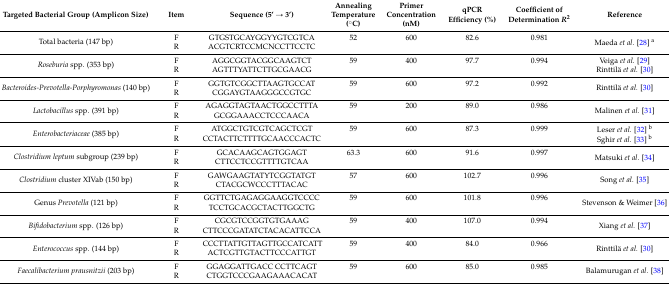
<table><thead><tr><td><b>Targeted Bacterial Group (Amplicon Size)</b></td><td><b>Item</b></td><td><b>Sequence (5′ → 3′)</b></td><td><b>Annealing Temperature (°C)</b></td><td><b>Primer Concentration (nM)</b></td><td><b>qPCR Efficiency (%)</b></td><td><b>Coefficient of Determination <i>R</i><sup>2</sup></b></td><td><b>Reference</b></td></tr></thead><tbody><tr><td rowspan="2">Total bacteria (147 bp)</td><td>F</td><td>GTGSTGCAYGGYYGTCGTCA </td><td>52</td><td>600</td><td>82.6</td><td>0.981</td><td rowspan="2">Maeda <i>et al.</i> [28] <sup>a</sup></td></tr><tr><td>R</td><td>ACGTCRTCCMCNCCTTCCTC</td><td></td><td></td><td></td><td></td></tr><tr><td rowspan="2"><i>Roseburia</i> spp. (353 bp)</td><td>F</td><td>AGGCGGTACGGCAAGTCT</td><td>59</td><td>400</td><td>97.7</td><td>0.994</td><td>Veiga <i>et al.</i> [29]</td></tr><tr><td>R</td><td>AGTTTYATTCTTGCGAACG</td><td></td><td></td><td></td><td></td><td>Rinttilä <i>et al.</i> [30]</td></tr><tr><td rowspan="2"><i>Bacteroides-Prevotella-Porphyromonas</i> (140 bp)</td><td>F</td><td>GGTGTCGGCTTAAGTGCCAT</td><td>59</td><td>600</td><td>97.2</td><td>0.992</td><td rowspan="2">Rinttilä <i>et al.</i> [30]</td></tr><tr><td>R</td><td>CGGAYGTAAGGGCCGTGC</td><td></td><td></td><td></td><td></td></tr><tr><td rowspan="2"><i>Lactobacillus</i> spp. (391 bp)</td><td>F</td><td>AGAGGTAGTAACTGGCCTTTA</td><td>59</td><td>200</td><td>89.0</td><td>0.986</td><td rowspan="2">Malinen <i>et al.</i> [31]</td></tr><tr><td>R</td><td>GCGGAAACCTCCCAACA</td><td></td><td></td><td></td><td></td></tr><tr><td rowspan="2"><i>Enterobacteriaceae</i> (385 bp)</td><td>F</td><td>ATGGCTGTCGTCAGCTCGT</td><td>59</td><td>600</td><td>87.3</td><td>0.999</td><td>Leser <i>et al.</i> [32] <sup>b</sup></td></tr><tr><td>R</td><td>CCTACTTCTTTTGCAACCCACTC</td><td></td><td></td><td></td><td></td><td>Sghir <i>et al.</i> [33] <sup>b</sup></td></tr><tr><td rowspan="2"><i>Clostridium leptum</i> subgroup (239 bp)</td><td>F</td><td>GCACAAGCAGTGGAGT</td><td>63.3</td><td>600</td><td>91.6</td><td>0.997</td><td rowspan="2">Matsuki <i>et al.</i> [34]</td></tr><tr><td>R</td><td>CTTCCTCCGTTTTGTCAA</td><td></td><td></td><td></td><td></td></tr><tr><td rowspan="2"><i>Clostridium</i> cluster XIVab (150 bp)</td><td>F</td><td>GAWGAAGTATYTCGGTATGT</td><td>57</td><td>600</td><td>102.7</td><td>0.996</td><td rowspan="2">Song <i>et al.</i> [35]</td></tr><tr><td>R</td><td>CTACGCWCCCTTTACAC</td><td></td><td></td><td></td><td></td></tr><tr><td rowspan="2">Genus <i>Prevotella</i> (121 bp)</td><td>F</td><td>GGTTCTGAGAGGAAGGTCCCC</td><td>59</td><td>600</td><td>101.8</td><td>0.996</td><td rowspan="2">Stevenson &amp; Weimer [36]</td></tr><tr><td>R</td><td>TCCTGCACGCTACTTGGCTG</td><td></td><td></td><td></td><td></td></tr><tr><td rowspan="2"><i>Bifidobacterium</i>spp. (126 bp)</td><td>F</td><td>CGCGTCCGGTGTGAAAG</td><td>59</td><td>400</td><td>107.0</td><td>0.994</td><td rowspan="2">Xiang <i>et al.</i> [37]</td></tr><tr><td>R</td><td>CTTCCCGATATCTACACATTCCA</td><td></td><td></td><td></td><td></td></tr><tr><td rowspan="2"><i>Enterococcus</i> spp. (144 bp)</td><td>F</td><td>CCCTTATTGTTAGTTGCCATCATT</td><td>59</td><td>400</td><td>84.0</td><td>0.966</td><td rowspan="2">Rinttilä <i>et al.</i> [30]</td></tr><tr><td>R</td><td>ACTCGTTGTACTTCCCATTGT</td><td></td><td></td><td></td><td></td></tr><tr><td rowspan="2"><i>Faecalibacterium prausnitzii</i> (203 bp)</td><td>F</td><td>GGAGGATTGACC CCTTCAGT</td><td>59</td><td>600</td><td>85.0</td><td>0.985</td><td rowspan="2">Balamurugan <i>et al.</i> [38]</td></tr><tr><td>R</td><td>CTGGTCCCGAAGAAACACAT</td><td></td><td></td><td></td><td></td></tr></tbody></table>